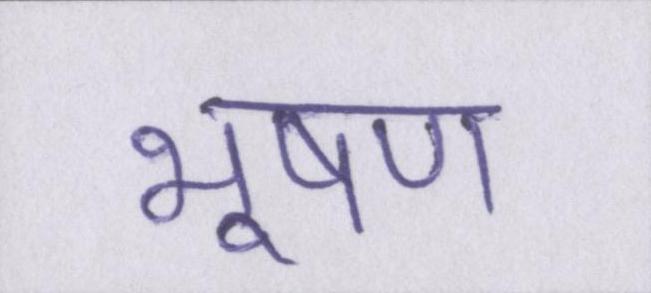
भूषण